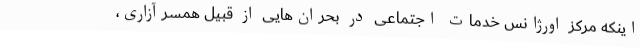
اینکه مرکز اورژانس خدمات اجتماعی در بحران‌هایی از قبیل همسرآزاری،